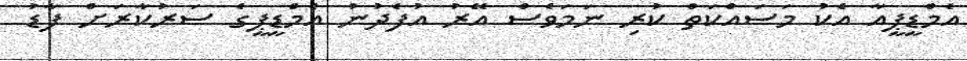
އެމްޑީޕީއާ އެކު މަސައްކަތް ކުރި ނަމަވެސް އޭރު އުފެދުނު އެމްޑީޕީގެ ސަރުކާރަށް ފާޑު